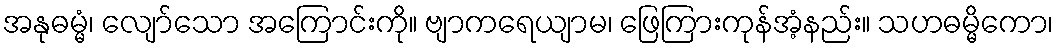
အနုဓမ္မံ၊ လျော်သော အကြောင်းကို။ ဗျာကရေယျာမ၊ ဖြေကြားကုန်အံ့နည်း။ သဟဓမ္မိကော၊